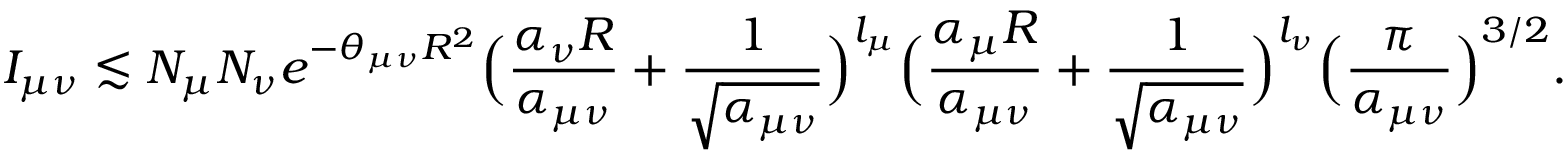
I _ { \mu \nu } \lesssim N _ { \mu } N _ { \nu } e ^ { - \theta _ { \mu \nu } R ^ { 2 } } \Big ( \frac { \alpha _ { \nu } R } { \alpha _ { \mu \nu } } + \frac { 1 } { \sqrt { \alpha _ { \mu \nu } } } \Big ) ^ { l _ { \mu } } \Big ( \frac { \alpha _ { \mu } R } { \alpha _ { \mu \nu } } + \frac { 1 } { \sqrt { \alpha _ { \mu \nu } } } \Big ) ^ { l _ { \nu } } \Big ( \frac { \pi } { \alpha _ { \mu \nu } } \Big ) ^ { 3 / 2 } .